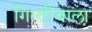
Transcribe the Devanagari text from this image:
गिल्टीवाला